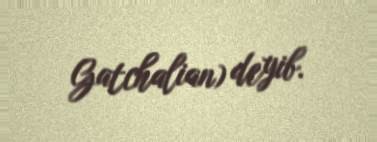
Gatchalian) deyib.